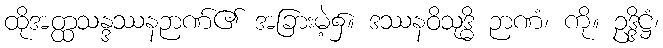
ထိုအတ္ထသန္ဒဿနဉာဏ်၏ အခြားမဲ့၌။ ဒဿနဝိသုဒ္ဓိ ဉာဏံ၊ ကို။ ဥဒ္ဒိဋ္ဌံ၊